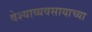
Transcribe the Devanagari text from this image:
वेश्याव्यवसायाच्या